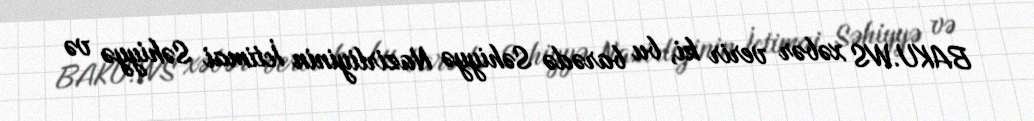
BAKU.WS xəbər verir ki, bu barədə Səhiyyə Nazirliyinin İctimai Səhiyyə və